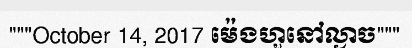
"""October 14, 2017 ម៉េងហួនៅល្ងាច"""